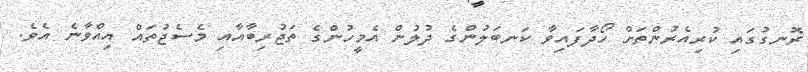
ރޮނގުގައި ކުރިއެރުންތަށް ހޯދާފައިވާ ކަނބަލުންގެ ދުލުން އެމީހުންގެ ތަޖުރިބާއާއި މެސެޖުތައް އިއްވާނެ އެވެ.